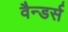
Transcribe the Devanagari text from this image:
वैन्डर्स